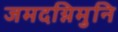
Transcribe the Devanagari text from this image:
जमदग्निमुनि